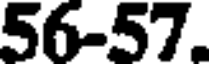
56-57.